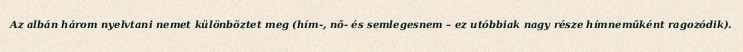
Az albán három nyelvtani nemet különböztet meg (hím-, nő- és semlegesnem – ez utóbbiak nagy része hímneműként ragozódik).